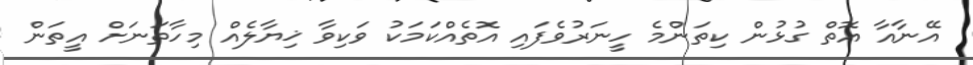
އޭނާއާ އޮތް ގުޅުން ކިތަންމެ ހީނަރުވެފައި އޮތެއްކަމަކު ވަކިވާ ޚިޔާލެއް މިހާތަނަށް އީތަން